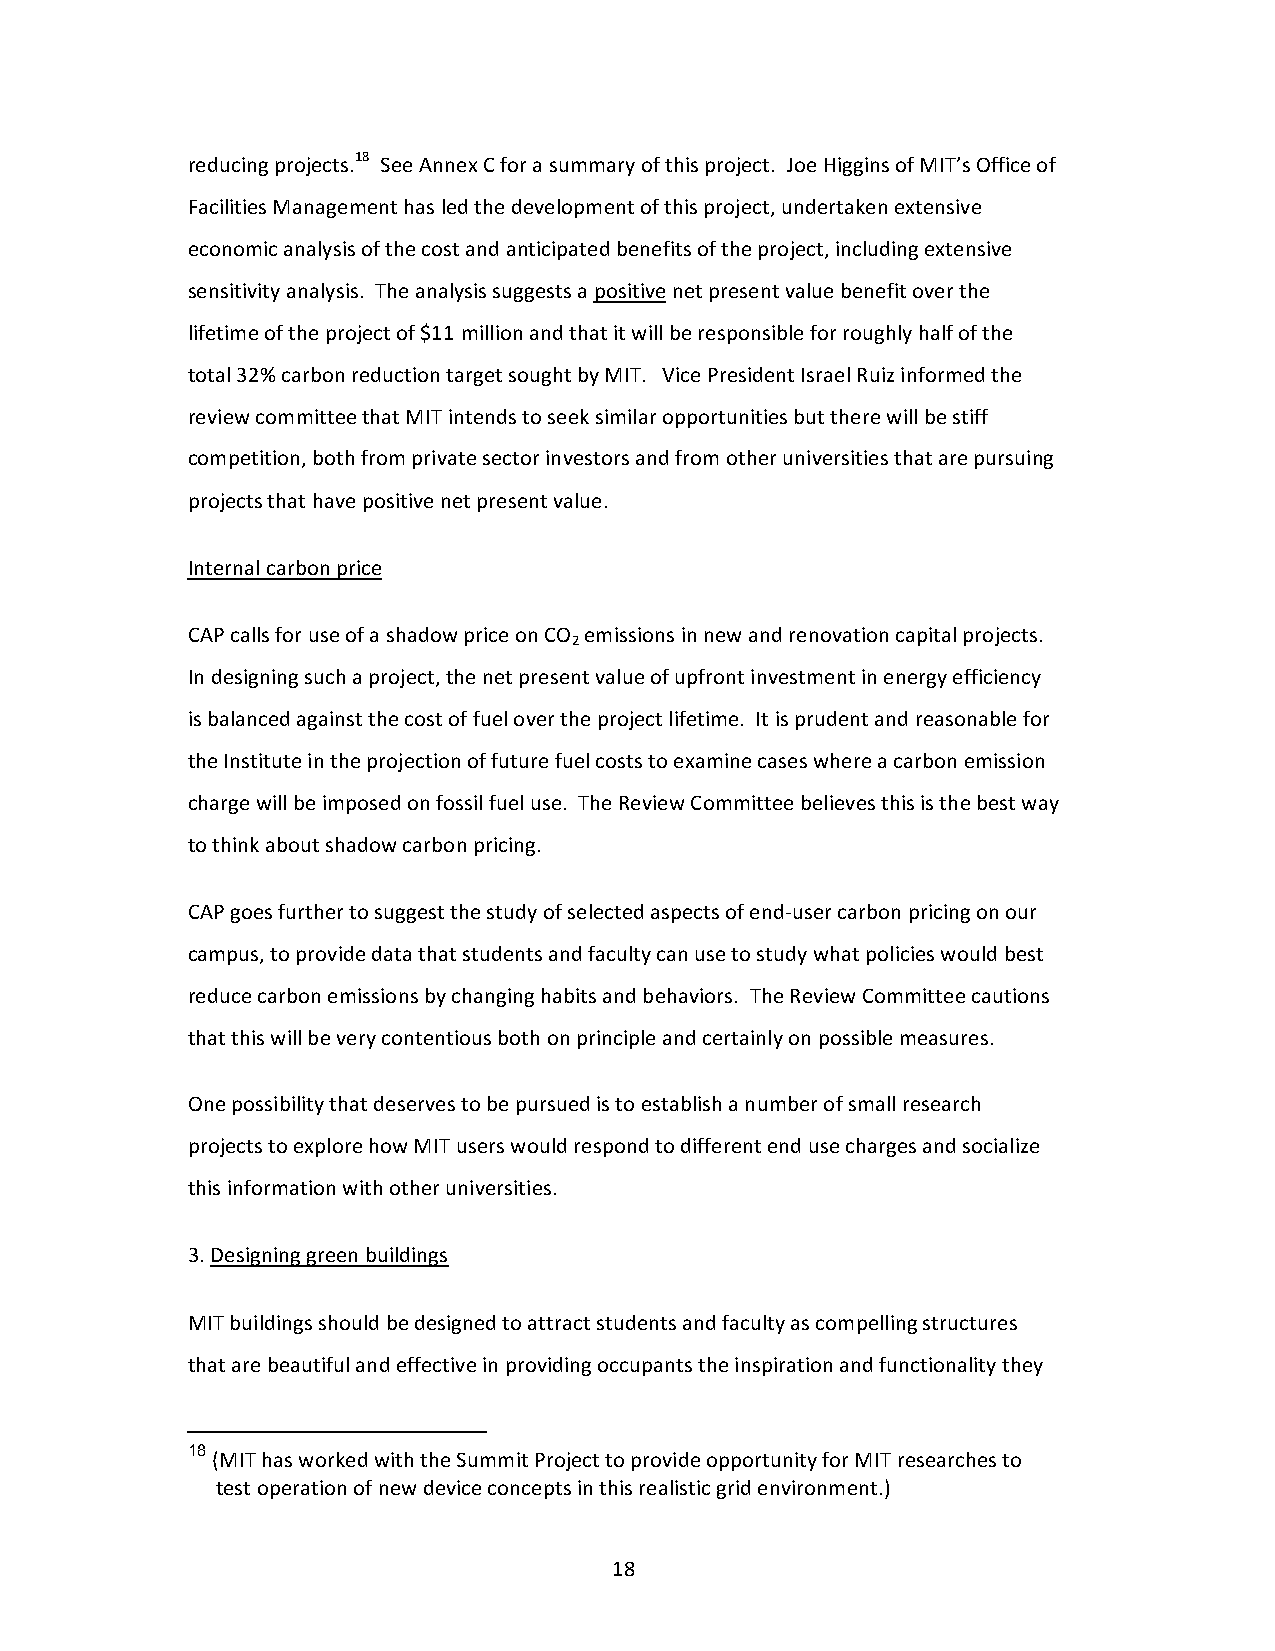
reducing projects.18 See Annex C for a summary of this project. Joe Higgins of MIT’s Office of
 Facilities Management has led the development of this project, undertaken extensive
 economic analysis of the cost and anticipated benefits of the project, including extensive
 sensitivity analysis. The analysis suggests a positive net present value benefit over the
 lifetime of the project of $11 million and that it will be responsible for roughly half of the
 total 32% carbon reduction target sought by MIT. Vice President Israel Ruiz informed the
 review committee that MIT intends to seek similar opportunities but there will be stiff
 competition, both from private sector investors and from other universities that are pursuing
 projects that have positive net present value.
 Internal carbon price
 CAP calls for use of a shadow price on CO emissions in new and renovation capital projects.
 2
 In designing such a project, the net present value of upfront investment in energy efficiency
 is balanced against the cost of fuel over the project lifetime. It is prudent and reasonable for
 the Institute in the projection of future fuel costs to examine cases where a carbon emission
 charge will be imposed on fossil fuel use. The Review Committee believes this is the best way
 to think about shadow carbon pricing.
 CAP goes further to suggest the study of selected aspects of end-user carbon pricing on our
 campus, to provide data that students and faculty can use to study what policies would best
 reduce carbon emissions by changing habits and behaviors. The Review Committee cautions
 that this will be very contentious both on principle and certainly on possible measures.
 One possibility that deserves to be pursued is to establish a number of small research
 projects to explore how MIT users would respond to different end use charges and socialize
 this information with other universities.
 3. Designing green buildings
 MIT buildings should be designed to attract students and faculty as compelling structures
 that are beautiful and effective in providing occupants the inspiration and functionality they
 18
 (MIT has worked with the Summit Project to provide opportunity for MIT researches to
 test operation of new device concepts in this realistic grid environment.)
 18